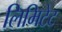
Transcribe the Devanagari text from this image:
लिमिटेट